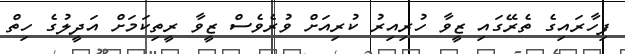
ފިހާރައިގެ ތެރޭގައި ޒީވާ ހުރިއިރު ކުރިއަށް ވުރެވެސް ޒީވާ ރީތިކަމަށް އަދީލުގެ ހިތް